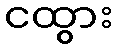
ငထွား